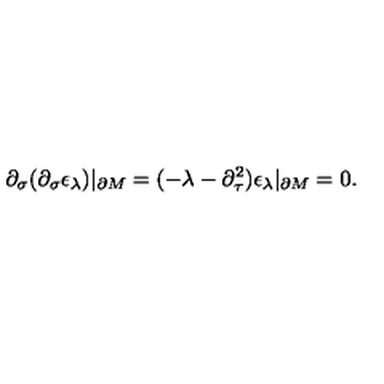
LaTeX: \partial _ { \sigma } ( \partial _ { \sigma } \epsilon _ { \lambda } ) \vert _ { \partial M } = ( - \lambda - \partial _ { \tau } ^ { 2 } ) \epsilon _ { \lambda } \vert _ { \partial M } = 0 .